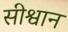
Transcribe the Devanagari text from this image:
सीश्वान